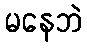
မနေဘဲ